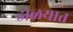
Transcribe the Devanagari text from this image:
डोळयात